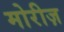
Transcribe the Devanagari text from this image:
मोरीज़